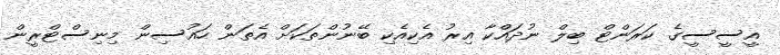
އީސީސީގެ ކަރަންޓް ބިލް ނުދައްކާ އިރު އެކިއެކި ބޭނުންތަކަށް އެތަން ހައުސިން މިނިސްޓްރީން